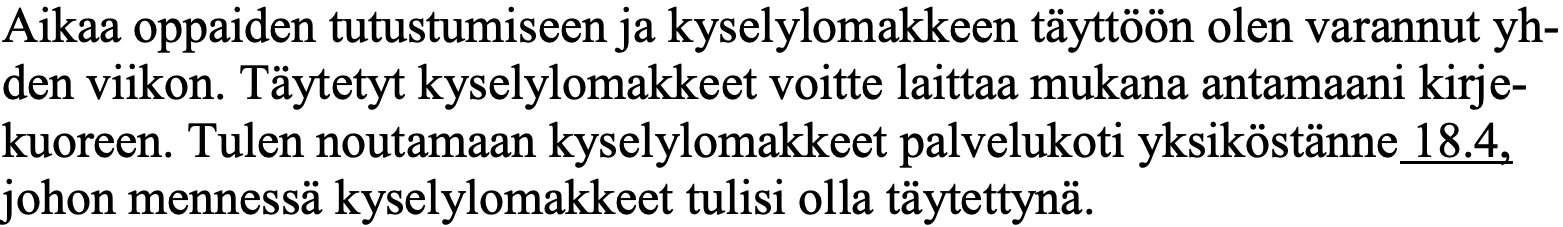
Aikaa oppaiden tutustumiseen ja kyselylomakkeen täyttöön olen varannut yh- den viikon. Täytetyt kyselylomakkeet voitte laittaa mukana antamaani kirje- kuoreen. Tulen noutamaan kyselylomakkeet palvelukoti yksiköstänne 18.4, johon mennessä kyselylomakkeet tulisi olla täytettynä.